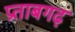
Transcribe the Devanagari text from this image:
प्रताबगढ़